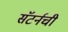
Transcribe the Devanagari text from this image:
सॅटर्नची